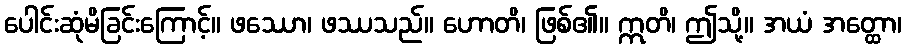
ပေါင်းဆုံမိခြင်းကြောင့်။ ဖဿော၊ ဖဿသည်။ ဟောတိ၊ ဖြစ်၏။ ဣတိ၊ ဤသို့။ အယံ အတ္ထော၊